Indian journal of veterinary science and animal husbandry - Volumes 26-27, 1956-1957
Year: 1956
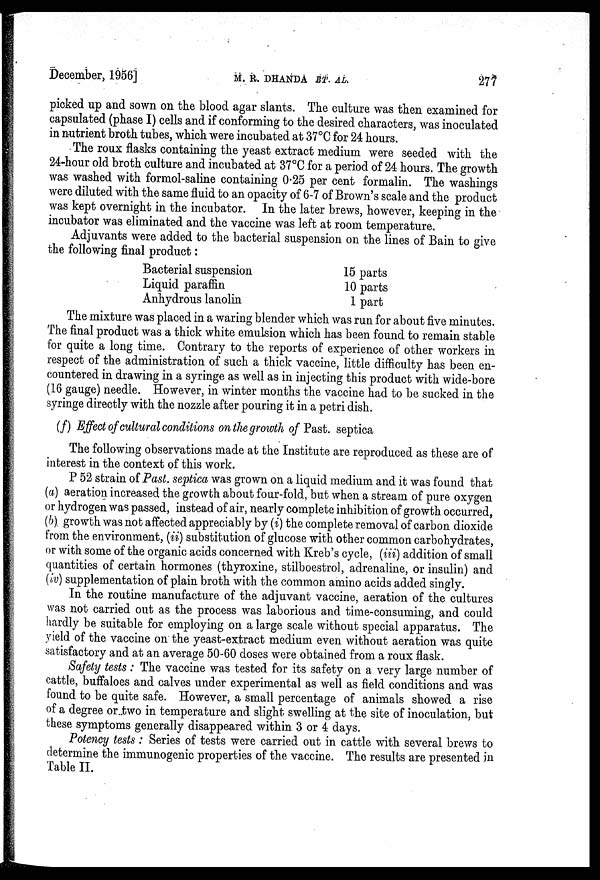
December, 1956]
M.
R.
DHANDA
ET.
AL.
277
picked up and sown on the blood agar slants. The culture was then examined for
capsulated (phase I) cells and if conforming to the desired characters, was inoculated
in nutrient broth tubes, which were incubated at 37ºC for 24 hours.
The roux flasks containing the yeast extract medium were seeded with the
24-hour old broth culture and incubated at 37ºC for a period of 24 hours. The growth
was washed with formol-saline containing 0.25 per cent formalin. The washings
were diluted with the same fluid to an opacity of 6-7 of Brown's scale and the product
was kept overnight in the incubator. In the later brews, however, keeping in the
incubator was eliminated and the vaccine was left at room temperature.
Adjuvants were added to the bacterial suspension on the lines of Bain to give
the following final product:
Bacterial suspension
Liquid paraffin
Anhydrous lanolin
15 parts
10 parts
1 part
The mixture was placed in a waring blender which was run for about five minutes.
The final product was a thick white emulsion which has been found to remain stable
for quite a long time. Contrary to the reports of experience of other workers in
respect of the administration of such a thick vaccine, little difficulty has been en-
countered in drawing in a syringe as well as in injecting this product with wide-bore
(16 gauge) needle. However, in winter months the vaccine had to be sucked in the
syringe directly with the nozzle after pouring it in a petri dish.
(f) Effect of cultural conditions on the growth of Past. septica
The following observations made at the Institute are reproduced as these are of
interest in the context of this work.
P 52 strain of Past. septica was grown on a liquid medium and it was found that
(a) aeration increased the growth about four-fold, but when a stream of pure oxygen
or hydrogen was passed, instead of air, nearly complete inhibition of growth occurred,
(b) growth was not affected appreciably by (i) the complete removal of carbon dioxide
from the environment, (ii) substitution of glucose with other common carbohydrates,
or with some of the organic acids concerned with Kreb's cycle, (iii) addition of small
quantities of certain hormones (thyroxine, stilboestrol, adrenaline, or insulin) and
(iv) supplementation of plain broth with the common amino acids added singly.
In the routine manufacture of the adjuvant vaccine, aeration of the cultures
was not carried out as the process was laborious and time-consuming, and could
hardly be suitable for employing on a large scale without special apparatus. The
yield of the vaccine on the yeast-extract medium even without aeration was quite
satisfactory and at an average 50-60 doses were obtained from a roux flask.
Safety tests: The vaccine was tested for its safety on a very large number of
cattle, buffaloes and calves under experimental as well as field conditions and was
found to be quite safe. However, a small percentage of animals showed a rise
of a degree or two in temperature and slight swelling at the site of inoculation, but
these symptoms generally disappeared within 3 or 4 days.
Potency tests: Series of tests were carried out in cattle with several brews to
determine the immunogenic properties of the vaccine. The results are presented in
Table II.